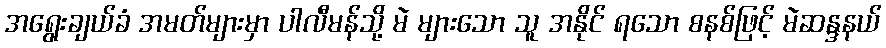
အရွေးချယ်ခံ အမတ်များမှာ ပါလီမန်သို့ မဲ များသော သူ အနိုင် ရသော စနစ်ဖြင့် မဲဆန္ဒနယ်